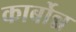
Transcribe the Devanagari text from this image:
कार्बोन्न